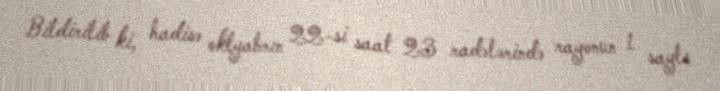
Bildirilib ki, hadisə oktyabrın 22-si saat 23 radələrində rayonun 1 saylı